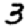
Digit: 3